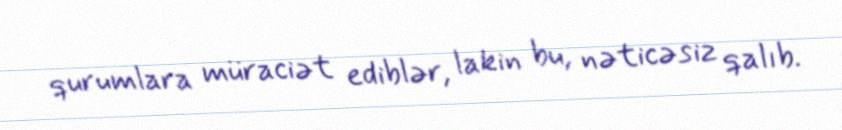
qurumlara müraciət ediblər, lakin bu, nəticəsiz qalıb.